Vaccination in Burma 1900-1911 - 1900-1911
Year: 1900
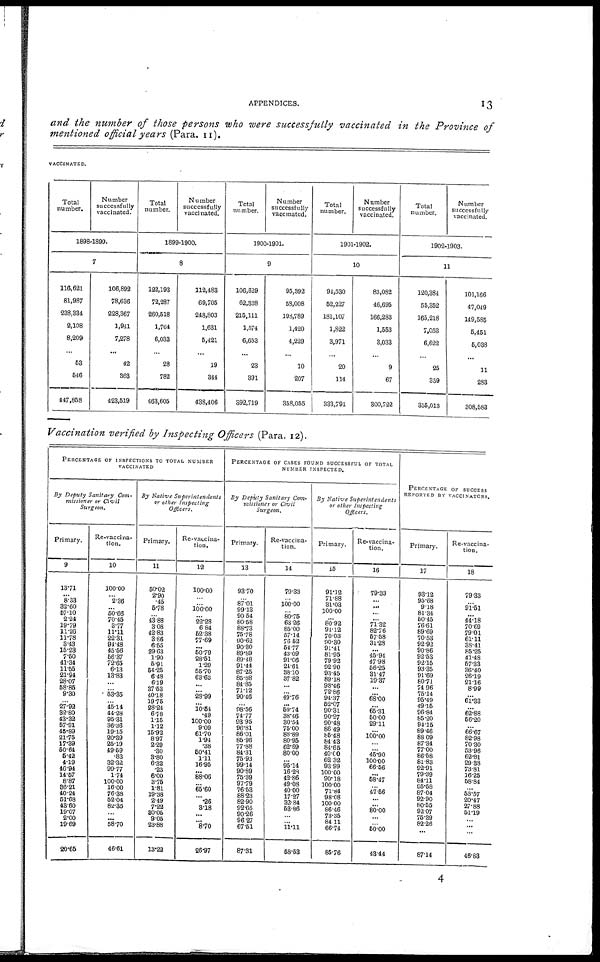
APPENDICES.
13
and the number of those persons who were successfully vaccinated in the Province of
mentioned official years (Para. 11).
VACCINATED.
Total
number.
Number
successfully
vaccinated.
1898-1899.
7
116,621
81,987
238,334
2,108
8,209
...
53
546
147,868
106,892
78,636
228,367
1,941
7,278
...
42
363
423,519
Total
number.
Number
successfully
vaccinated.
1899-1900.
8
122,193
72,287
260,518
1,764
6,033
...
28
782
463,605
112,488
69,705
248,803
1,631
5,421
...
19
344
438,406
Total
number.
Number
successfully
vaccinated.
1900-1901.
9
106,829
62,338
215,111
1,574
6,653
...
23
391
892,719
95,392
58,008
198,789
1,420
4,229
...
10
207
358,055
Total
number.
Number
successfully
vaccinated.
1901-1902.
10
91,530
52,227
181,107
1,822
3,971
...
20
114
333,791
83,082
46,695
166,283
1,553
3,033
...
9
67
300,722
Total
number.
Number
successfully
vaccinated.
1902-1903.
11
120,384
55,352
165,218
7,053
6,622
...
25
359
355,013
101,166
47,049
149,585
5,451
5,038
...
11
283
308,583
Vaccination verified by Inspecting Officers (Para. 12).
PERCENTAGE OF INSPECTIONS TO TOTAL NUMBER
VACCINATED
By Deputy Sanitary Com-
missioner or Civil
Surgeon.
Primary.
9
13.71
... 8.33
32.60
57.10
2.24
19.79
11.20
11.78
3.43
15.28
7.50
41.34
11.55
21.94
28.07
58.86
9.30
...
27.92
82.80
43.32
57.91
45.89
21.75
17.39
50.64
6.42
4.19
46.94
14.67
8.87
86.21
40.24
51.68
48.60
19.07
2.00
19.69
20.65
Re-vaccina-
tion.
10
100.00
...
2.36
...
60.66
70.45
3.77
11.11
22.31
94.48
45.56
56.37
72.65
6.13
13.83
...
...
53.35
... 45.14
44.28
95.31
36.36
19.15
20.39
25.19
49.69
.83
32.32
99.77
1.74
100.00
16.00
76.38
52.04
82.35
...
... 58.70
46.61
By Native Superintendents
or other Inspecting
Officers.
Primary.
11
60.02
2.90
.45
6.78
...
43.88
3.08
42.83
3.66
6.55
29.63
1.90
5.91
54.25
6.48
6.19
37.53
40.18
19.76
28.24
6.78
1.15
1.12
15.92
8.97
2.29
.30
3.80
6.32
.23
6.00
8.75
1.81
19.38
2.49
7.22
30.05
9.05
23.88
13.22
Re-vaccina-
tion.
12
100.00
...
...
100.00
...
22.28
6.84
62.38
77.69
...
50.79
28.51
1.29
55.70
63.63
...
...
28.99
...
10.54
.49
100.00
9.09
61.70
1.94
.38
50.41
1.11
16.95
...
88.06
...
65.60
...
.26
3.18
...
... 8.70
26.97
PERCENTAGE OF VASES FOUND SUCCESSFUL OF TOTAL
NUMBER INSPECTED.
By Deputy Sanitary Com-
missioner or Civil
Surgeon.
Primary.
13
93.70
...
87.01
99.13
90.54
80.58
88.73
75.78
90.62
90.30
89.89
89.48
91.44
87.25
85.88
84.85
71.12
90.46
...
98.56
74.77
93.95
96.81
86.01
85.96
77.88
84.31
75.93
99.14
90.89
75.39
97.79
76.53
88.23
82.90
92.65
90.26
96.27
67.51
87.31
Re-vaccina-
tion.
14
79.33
...
100.00
...
80.76
63.26
85.00
57.14
76.62
54.77
43.09
91.06
24.61
38.10
37.82
...
...
49.76
...
59.74
38.46
30.54
75.00
88.89
80.95
62.69
80.00
...
95.14
16.28
42.86
49.08
40.00
17.27
32.84
53.86
...
...
11.11
58.63
By Native Superintendents
or other Inspecting
Officers.
Primary.
15
91.12
71.88
31.03
100.00
...
80.92
91.12
70.03
90.30
91.41
81.95
79.92
92.90
93.45
89.18
98.46
72.86
94.37
52.07
90.31
90.27
90.48
86.49
85.48
84.43
84.65
40.00
62 32
93.99
100.00
90.18
100.00
71.84
98.08
100.00
86.46
73.35
84.11
66.74
85.76
Re-vaccina-
tion.
16
79.33
...
...
...
...
71.32
82.76
57.58
31.28
...
45.94
47.98
56.25
81.47
19.37
...
...
68.00
...
65.31
50.00
29.11
...
100.00
...
...
45.90
100.00
66.56
...
58.47
...
47.56
...
...
80.00
...
...
50.00
43.44
PERCENTAGE OF SUCCESS
REPORTED BY VACCINATORS.
Primary.
17
93.12
95.68
9.18
81.34
50.45
76.61
89.69
70.53
92.92
90.86
92.53
92.15
93.35
91.69
80.71
74.96
75.14
95.49
49.16
96.84
85.20
94.15
89.46
88.09
87.34
77.00
86.58
81.83
92.91
79.39
84.11
95.58
87.04
92.90
80.55
92.07
75.39
82.26
...
87.14
Re-vaccina-
tion.
18
79.33
...
91.51
...
44.18
70.69
79.01
61.11
38.41
85.25
41.48
57.33
36.40
26.19
21.16
8.99
...
61.33
...
62.88
56.20
...
66.67
82.98
70.30
53.96
62.81
29.38
73.81
16.25
58.84
...
53.57
20.47
27.88
51.19
...
...
...
46.83
4